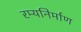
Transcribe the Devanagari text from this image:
रम्यनिर्माण